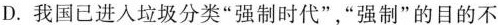
D.我国已进入垃圾分类“强制时代”，“强制”的目的不